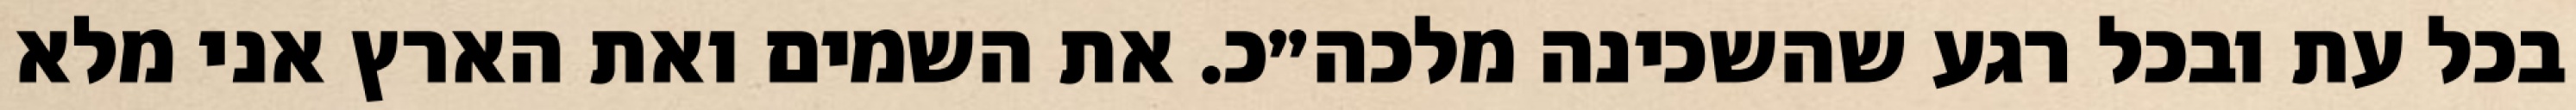
בכל עת ובכל רגע שהשכינה מלכה״כ. את השמים ואת הארץ אני מלא